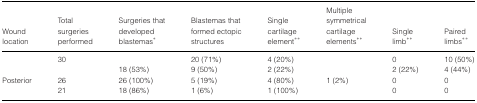
<table><thead><tr><td><b>Wound location</b></td><td><b>Total surgeries performed</b></td><td><b>Surgeries that developed blastemas*</b></td><td><b>Blastemas that formed ectopic structures</b></td><td><b>Single cartilage element**</b></td><td><b>Multiple symmetrical cartilage elements**</b></td><td><b>Single limb**</b></td><td><b>Paired limbs**</b></td></tr></thead><tbody><tr><td>[EMPTY_CELL]</td><td>30</td><td>[EMPTY_CELL]</td><td>20 (71%)</td><td>4 (20%)</td><td>[EMPTY_CELL]</td><td>0</td><td>10 (50%)</td></tr><tr><td>[EMPTY_CELL]</td><td>[EMPTY_CELL]</td><td>18 (53%)</td><td>9 (50%)</td><td>2 (22%)</td><td>[EMPTY_CELL]</td><td>2 (22%)</td><td>4 (44%)</td></tr><tr><td>Posterior</td><td>26</td><td>26 (100%)</td><td>5 (19%)</td><td>4 (80%)</td><td>1 (2%)</td><td>0</td><td>0</td></tr><tr><td>[EMPTY_CELL]</td><td>21</td><td>18 (86%)</td><td>1 (6%)</td><td>1 (100%)</td><td>[EMPTY_CELL]</td><td>0</td><td>0</td></tr></tbody></table>